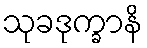
သုခဒုက္ခာနိ